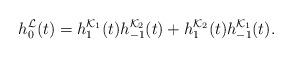
LaTeX: \begin{align*}h_0^\mathcal{L}(t)=h_1^{\mathcal{K}_1}(t)h_{-1}^{\mathcal{K}_2}(t)+h_1^{\mathcal{K}_2}(t)h_{-1}^{\mathcal{K}_1}(t).\end{align*}